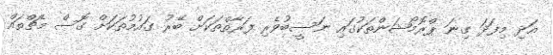
އަދި މިފަދަ ގިނަ ޕްރޮމޯޝަންތަކުގައި ނަސީބުވެރި ފަރާތްތަކަށް ބޭރު ގައުމުތަކަށް ގޮސް މެޗްތައް